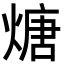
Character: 煻